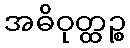
အဓိဝုတ္ထဉ္စ